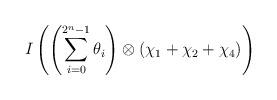
LaTeX: \begin{align*}I\left(\left(\sum_{i=0}^{2^n-1}\theta_i\right)\otimes\left(\chi_1+\chi_2+\chi_4\right)\right)\end{align*}